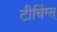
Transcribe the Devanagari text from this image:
टीचिंग्स्‌